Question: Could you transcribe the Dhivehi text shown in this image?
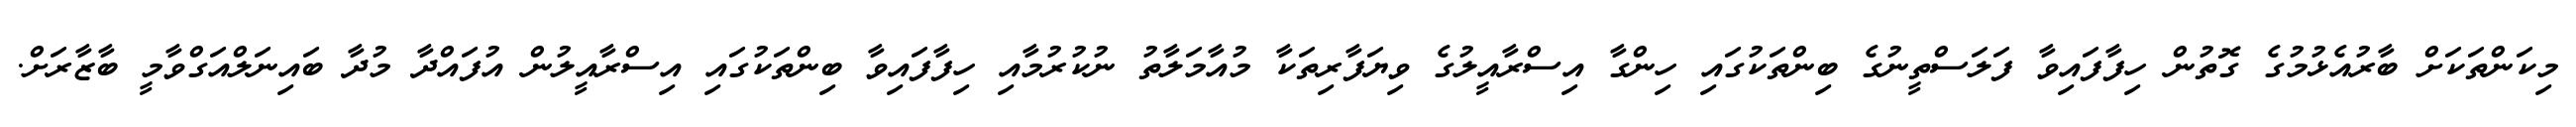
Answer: މިކަންތަކަށް ބާރުއެޅުމުގެ ގޮތުން ހިފާފައިވާ ފަލަސްތީނުގެ ބިންތަކުގައި ހިންގާ އިސްރާއީލުގެ ވިޔަފާރިތަކާ މުއާމަލާތު ނުކުރުމާއި ހިފާފައިވާ ބިންތަކުގައި އިސްރާއީލުން އުފައްދާ މުދާ ބައިނަލްއަގްވާމީ ބާޒާރަށް.